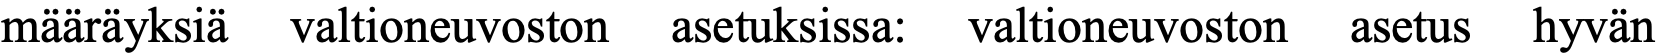
määräyksiä valtioneuvoston asetuksissa: valtioneuvoston asetus hyvän